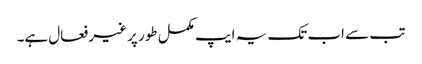
تب سے اب تک یہ ایپ مکمل طور پر غیر فعال ہے۔